Annual report on the working of the Harcourt Butler Institute of Public Health, Rangoon
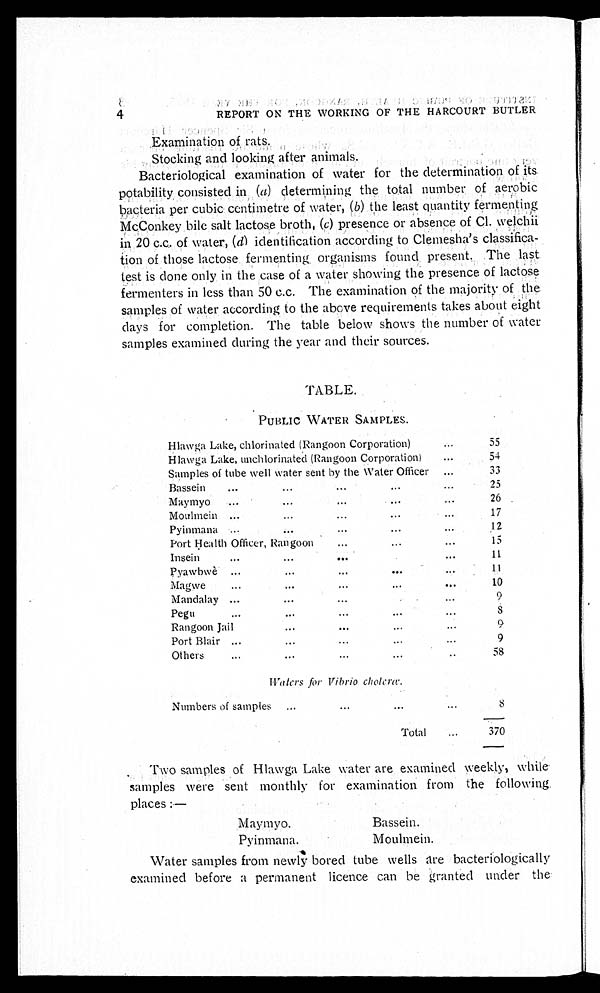
Maymyo.
Pyinmana.
Bassein.
Moulmein.
4
REPORT ON THE WORKING OF THE HARCOURT BUTLER
Examination of rats.
Stocking and looking after animals.
Bacteriological examination of water for the determination of its
potability consisted in (a) determining the total number of aerobic
bacteria per cubic centimetre of water, (b) th e l e a s t q u a n t i t y f e r m e n t i n g
McConkey bile salt lactose broth, (c) presence or absence of Cl. welchii
in 20 c.c. of water, (d) identification according to Clemesha's classifica
-tion of those lactose fermenting organisms found present. The last
test is done only in the case of a water showing the presence of lactose
fermenters in less than 50 c.c. The examination of the majority of the
samples of water according to the above requirements takes about eight
days for completion. The table below shows the number of water
samples examined during the year and their sources.
TABLE.
PUBLIC WATER SAMPLES.
Hlawga Lake, chlorinated (Rangoon Corporation) . . .
5 5
Hlawga Lake, unchlorinated (Rangoon Corporation) . . .
54
Samples of tube well water sent by the Water Officer . . .
33
Bassein . . .
25
Maymyo . . .
26
Moulmein . . .
17
Pyinmana . . .
12
Port Health Officer, Rangoon . . .
15
Insein . . .
11
Pyawbwè . . .
1 1
M a g w e . . .
10
Mandalay . . .
9
Pegu . . .
8
Rangoon Jail . . .
9
Port Blair . . .
9
Others . . .
58
Waters for Vibrio c h o l e r a .
Numbers of samples . . .
8
T o t a l . . .
370
Two samples of Hlawga Lake water are examined weekly, while
samples were sent monthly for examination from the following
places:—
Water samples from newly bored tube wells are bacteriologically
examined before a permanent licence can be granted under the